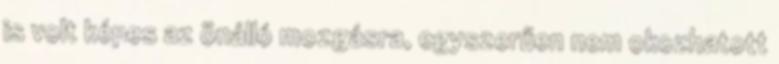
is volt képes az önálló mozgásra, egyszerűen nem okozhatott